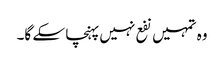
وہ تمہیں نفع نہیں پہنچا سکے گا۔